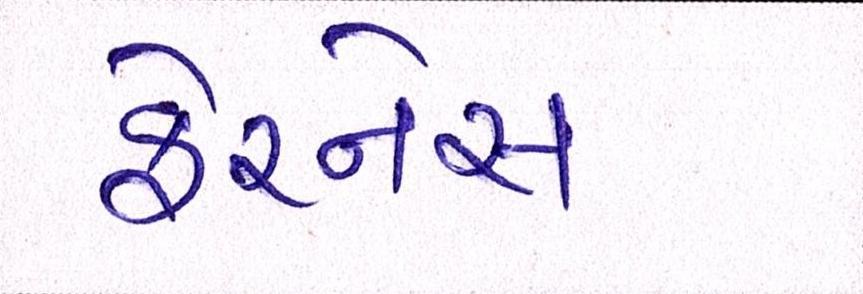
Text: ફેરનેસ